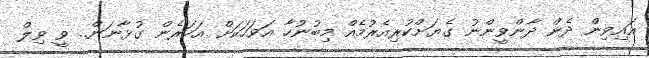
އައިވިން ދެން ދާންވީންނު ގެޔަށްކުރިއެރުމެއް މިބުނުހާ އަވަހަކަށް އަހަރެން ގުޅާނަން.. ވީ ވިލް